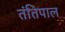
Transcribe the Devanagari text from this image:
तंतिपाल